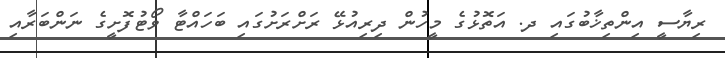
ރިޔާސީ އިންތިޚާބުގައި ދ. އަތޮޅުގެ މީހުން ދިރިއުޅޭ ރަށްރަށުގައި ބަހައްޓާ ވޯޓުފޮށީގެ ނަންބަރާއި